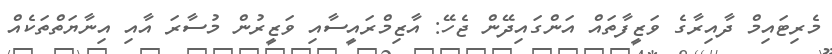
މެރިޓައިމް ދާއިރާގެ ވަޒީފާތައް އަންގައިދޭން ޖެހޭ: އާޒިމްރައީސާއި ވަޒީރުން މުސާރަ އާއި އިނާޔަތްތަކެއް